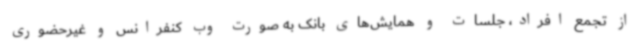
از تجمع افراد، جلسات و همایش‌های بانک به صورت وب کنفرانس و غیرحضوری